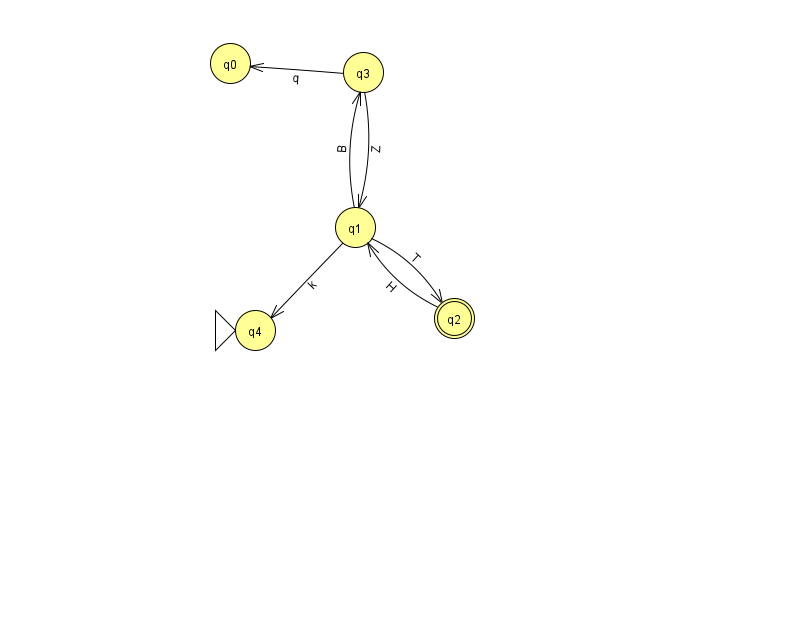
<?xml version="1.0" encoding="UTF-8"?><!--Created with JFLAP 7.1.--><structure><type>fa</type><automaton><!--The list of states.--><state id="0" name="q0"><x>230.0</x><y>50.0</y></state><state id="1" name="q1"><x>355.0</x><y>214.0</y></state><state id="2" name="q2"><x>454.0</x><y>305.0</y><final/></state><state id="3" name="q3"><x>363.0</x><y>59.0</y></state><state id="4" name="q4"><x>255.0</x><y>317.0</y><initial/></state><!--The list of transitions.--><transition><from>1</from><to>3</to><read>B</read></transition><transition><from>1</from><to>2</to><read>T</read></transition><transition><from>1</from><to>4</to><read>k</read></transition><transition><from>3</from><to>1</to><read>Z</read></transition><transition><from>2</from><to>1</to><read>H</read></transition><transition><from>3</from><to>0</to><read>q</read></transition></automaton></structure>